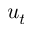
u _ { t }